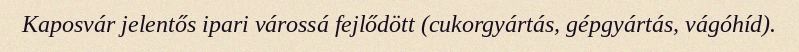
Kaposvár jelentős ipari várossá fejlődött (cukorgyártás, gépgyártás, vágóhíd).